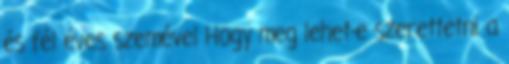
és fél éves szemével Hogy meg lehet-e szerettetni a